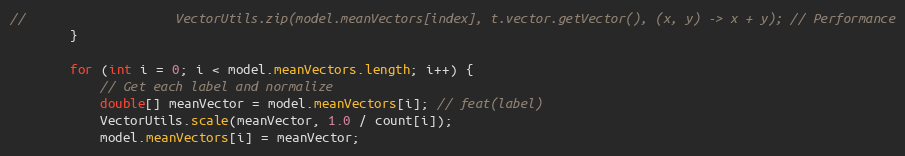
Language: Java
//                    VectorUtils.zip(model.meanVectors[index], t.vector.getVector(), (x, y) -> x + y); // Performance
        }

        for (int i = 0; i < model.meanVectors.length; i++) {
            // Get each label and normalize
            double[] meanVector = model.meanVectors[i]; // feat(label)
            VectorUtils.scale(meanVector, 1.0 / count[i]);
            model.meanVectors[i] = meanVector;